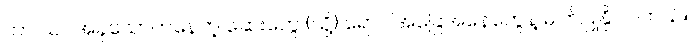
ဟာ သင်အခုသောက်နေတဲ့ ဆေးတွေ (သို့) ရောဂါအခြေအနေတွေနဲ့ ဓါတ်ပြုနိုင်ပါတယ်။